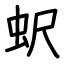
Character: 蚇